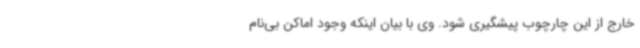
خارج از این چارچوب پیشگیری شود. وی با بیان اینکه وجود اماکن بی‌نام